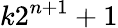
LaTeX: k2^{n+1}+1